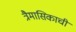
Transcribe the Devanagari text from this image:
त्रैमासिकाची